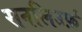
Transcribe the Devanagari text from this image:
सनलिउर्फ़